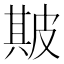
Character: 𤿺